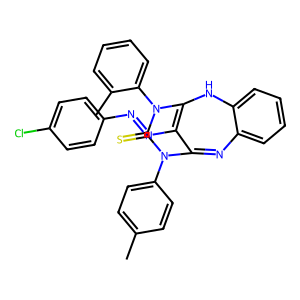
SMILES: Cc1ccc(N2C(=S)N(c3ccccc3C)C3=C(N=Nc4ccc(Cl)cc4)C2=Nc2ccccc2N3)cc1
Inhibits HIV replication: No